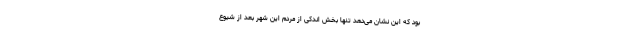
بود که این نشان می‌دهد تنها بخش اندکی از مردم این شهر بعد از شیوع